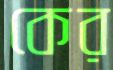
কের